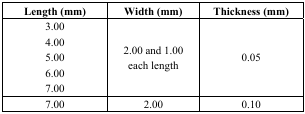
| Length (mm) | Width (mm) | Thickness (mm) |
 | --- | --- | --- |
 | 3.00 | <ROWSPAN=5> 2.00 and 1.00 each length | <ROWSPAN=5> 0.05 |
 | 4.00 |
 | 5.00 |
 | 6.00 |
 | 7.00 |
 | 7.00 | 2.00 | 0.10 |